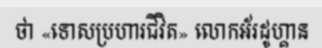
ថា «ទោសប្រហារជីវិត» លោកអ័រដូហ្គាន